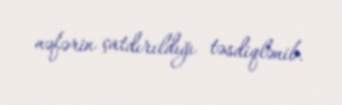
nəfərin çatdırıldığı təsdiqlənib.